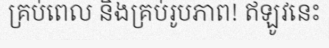
គ្រប់ពេល និងគ្រប់រូបភាព! ឥឡូវនេះ